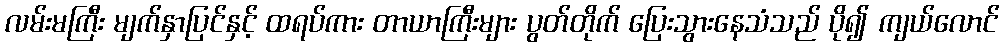
လမ်းမကြီး မျက်နှာပြင်နှင့် ထရပ်ကား တာယာကြီးများ ပွတ်တိုက် ပြေးသွားနေသံသည် ပို၍ ကျယ်လောင်